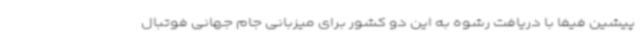
پیشین فیفا با دریافت رشوه به این دو کشور برای میزبانی جام جهانی فوتبال